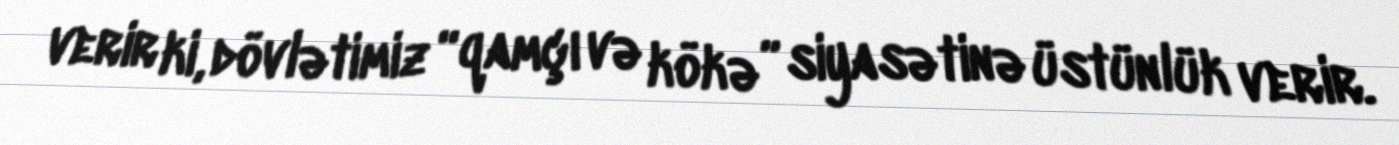
verir ki, dövlətimiz “qamçı və kökə” siyasətinə üstünlük verir.